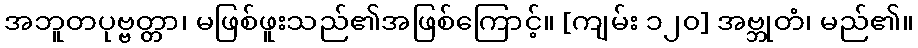
အဘူတပုဗ္ဗတ္တာ၊ မဖြစ်ဖူးသည်၏အဖြစ်ကြောင့်။ [ကျမ်း ၁၂၀] အဗ္ဘုတံ၊ မည်၏။